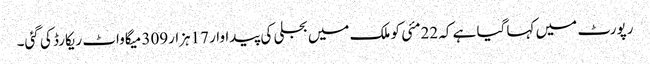
رپورٹ میں کہا گیا ہے کہ 22مئی کو ملک میں بجلی کی پیداوار 17ہزار309 میگاواٹ ریکارڈ کی گئی۔